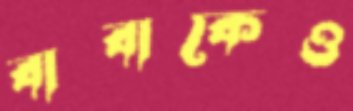
বাবাকেও